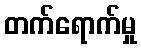
တက်ရောက်မှု